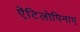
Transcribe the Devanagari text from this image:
ऐंटिलोपिनाए